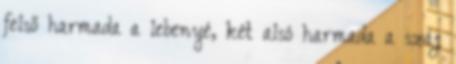
felső harmada a lebenyé, két alsó harmada a száj